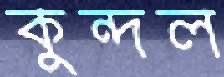
কুন্দল